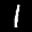
Label: 1